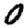
Digit: 0